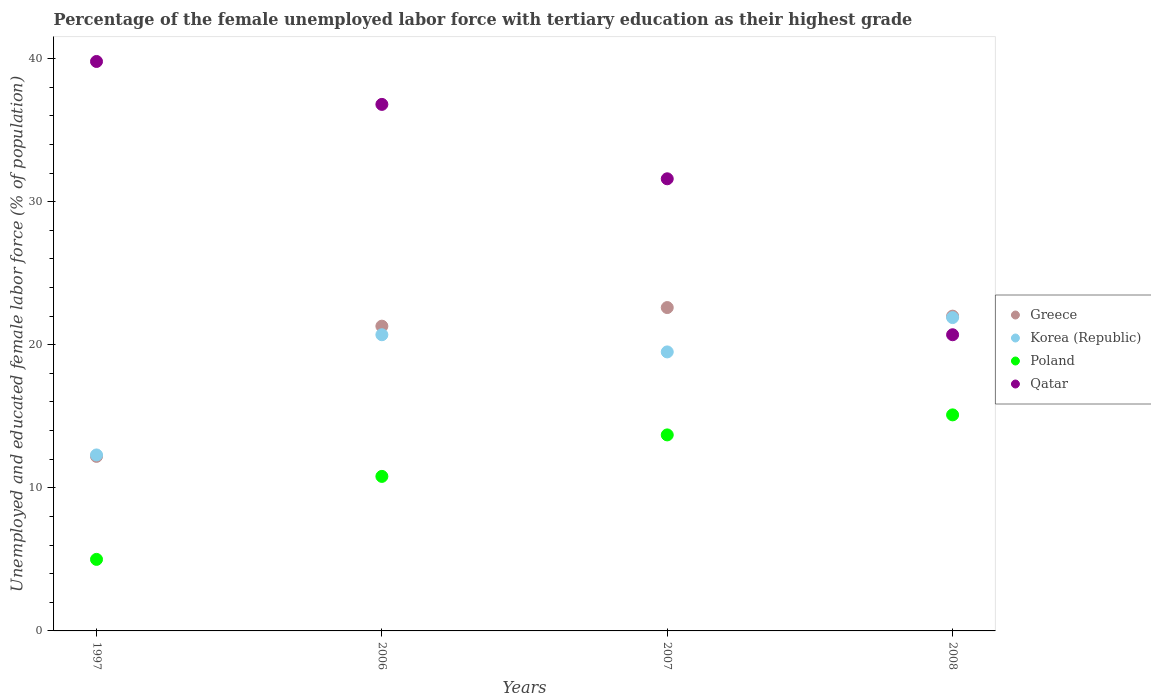
| Years | Greece | Korea (Republic) | Poland | Qatar |
 | --- | --- | --- | --- | --- |
 | 1997 | 12.2 | 12.3 | 5 | 39.8 |
 | 2006 | 21.3 | 20.7 | 10.8 | 36.8 |
 | 2007 | 22.6 | 19.5 | 13.7 | 31.6 |
 | 2008 | 22 | 21.9 | 15.1 | 20.7 |